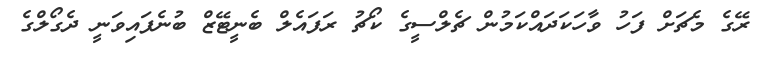
ރޭގެ މެޗަށް ފަހު ވާހަކަދައްކަމުން ޗެލްސީގެ ކޯޗު ރަފައެލް ބެނީޓޭޒް ބުނެފައިވަނީ ދެގޯލްގެ